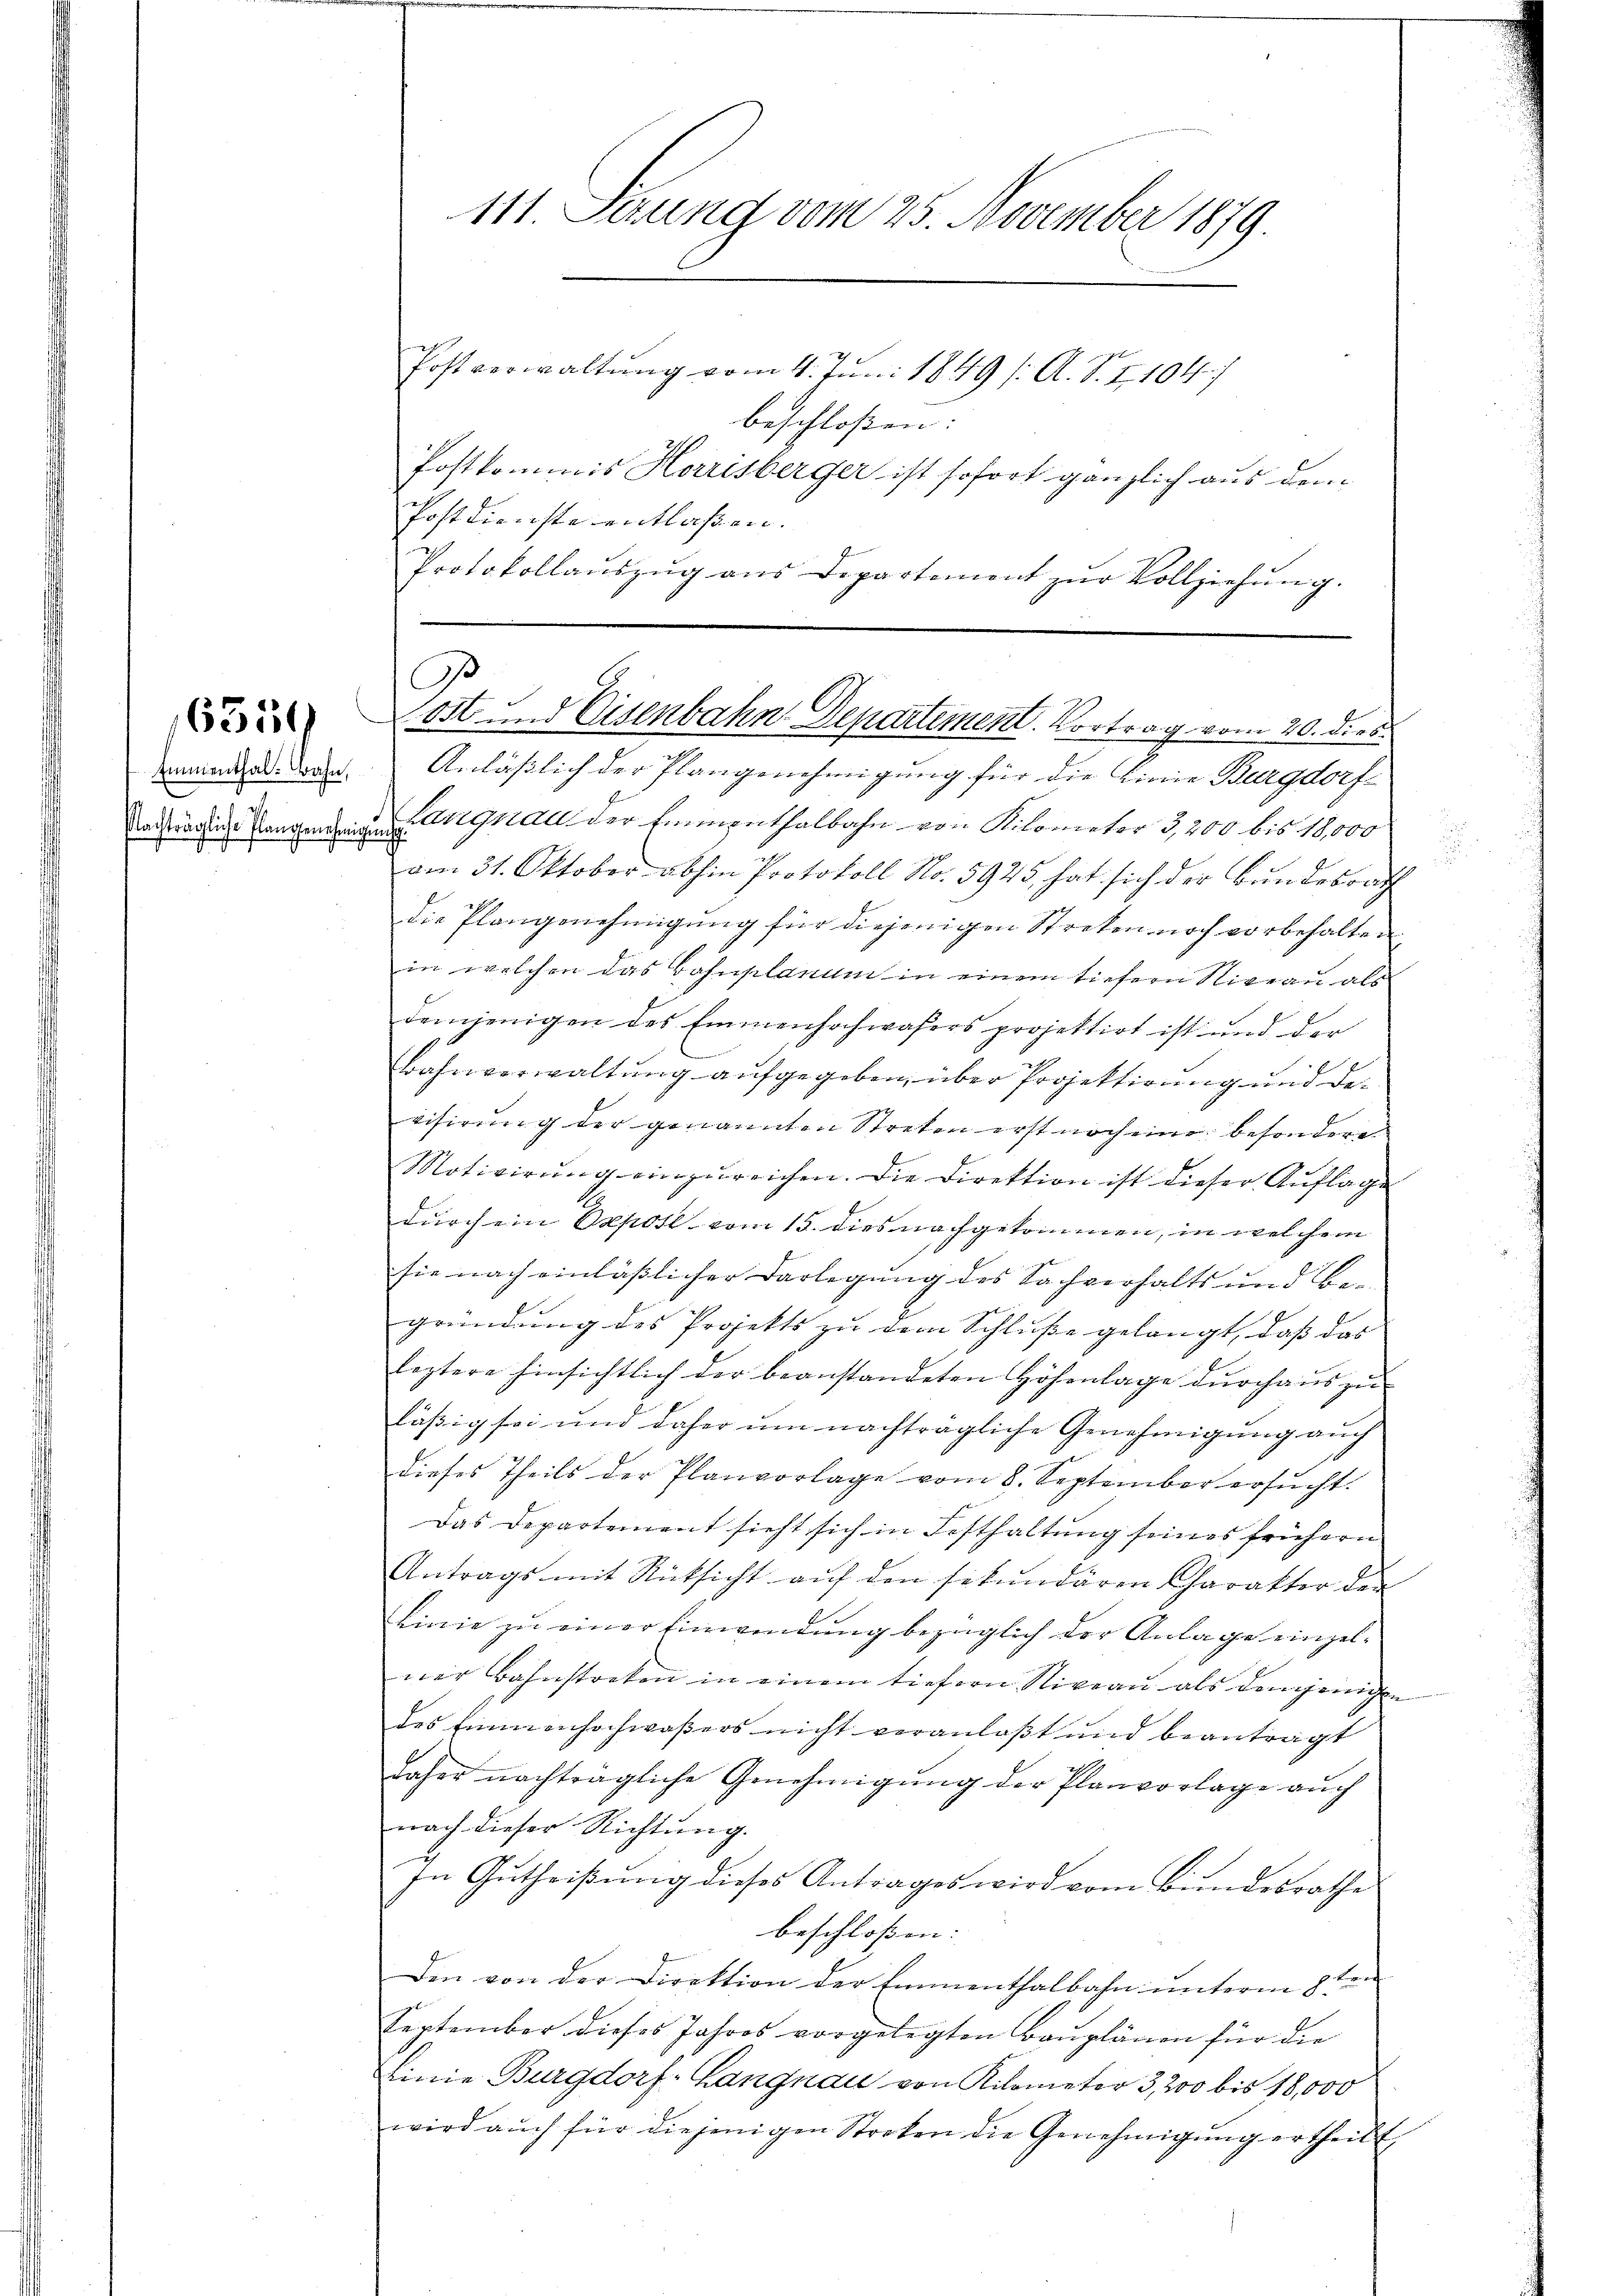
Emmenthal. Bahn,
flachträgliche Plangenehmigung

111. Serung vom 25. November 1879.
Postverwaltung vom 4. Juni 1849 /: A. S. 1104.)
beschloßen:
Postkommis Herrisberger ist sofort gänzlich aus dem
Postdienste entlaßen.
Protokollaŭszŭg aŭs Departement zŭr Vollziehŭng.

.
 Lost und Eisenbahn-Departement. Vortrag vom 20. dies

Anläßlich der Plangenehmigung für die Linie Burgdorf¬
Langnau der Emmenthalbahn von Kilometer 3,200 bis 18,000
am 31. Oktober abhin Protokoll No. 5923, hat sich der Bundesrath
die Plangenehmigung für diejenigen Streten noch vorbehalten
in welchen das Casuplanum in einem tiefern Niveau als
demjenigen des Emmenhochwasers projektirt ist und der
Bahrverwaltung aufgegeben, über Projektirung und devisirung der genannten Streten erst noch eine besondere
Motivirŭng einzŭreichen. Die Direktion ist dieser Auflage
durch ein Oppost vom 15. dies nachgekommen, in welchem
sie nach einläßlicher Darlegung des Sachverhalts und Begründung des Projekts zu dem Schluße gelangt, daß das
leztere hinsichtlich der beanstandeten Höhenlage durchaus zu-
läßig sei und daher um nachträgliche Genehmigung auch
dieses Theils der Planvorlage vom 8. September ersŭcht.
Das Departement sieht sich in Festhaltung seines frühern
Antrags mit Rücksicht aŭf den sekundären Charakter den
Linie zu einer Einwendung bezüglich der Anlage einzelner Bahnstreken in einem tiefern Niveau als demjenigen
des Emmenhochwaßers nicht veranlaßt und beantragt
daher nachträgliche Genehmigung der Planvorlage auch
nach dieser Richtŭng.
In Gutheißung dieses Antrages wird vom Bundesrathe
beschlossen: |
Den von der Direktion der Emmenthalbahn unterm 8ten
September dieses Jahres vorgelegten Baŭplänen für die
Linie Burgdorf-Langnau von Kilometer 3, 200 bis 18,000
wird aŭch für diejenigen Stroben die Genehmigŭng ertheilt.

i